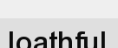
loathful